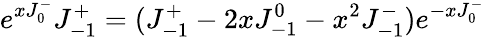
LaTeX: e^{xJ_{0}^{-}}J_{-1}^{+}=(J_{-1}^{+}-2xJ_{-1}^{0}-x^{2}J_{-1}^{-})e^{-xJ_{0}^{-}}